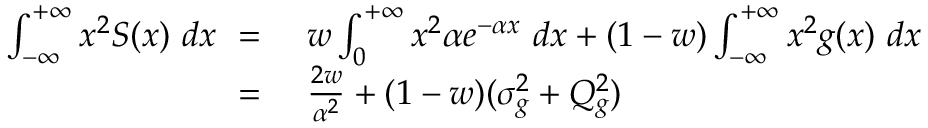
\begin{array} { r l } { \int _ { - \infty } ^ { + \infty } x ^ { 2 } S ( x ) \ d x \ = \ } & { w \int _ { 0 } ^ { + \infty } x ^ { 2 } \alpha e ^ { - \alpha x } \ d x + ( 1 - w ) \int _ { - \infty } ^ { + \infty } x ^ { 2 } g ( x ) \ d x } \\ { \ = \ } & { \frac { 2 w } { \alpha ^ { 2 } } + ( 1 - w ) ( \sigma _ { g } ^ { 2 } + Q _ { g } ^ { 2 } ) } \end{array}